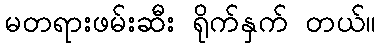
မတရားဖမ်းဆီး ရိုက်နှက် တယ်။